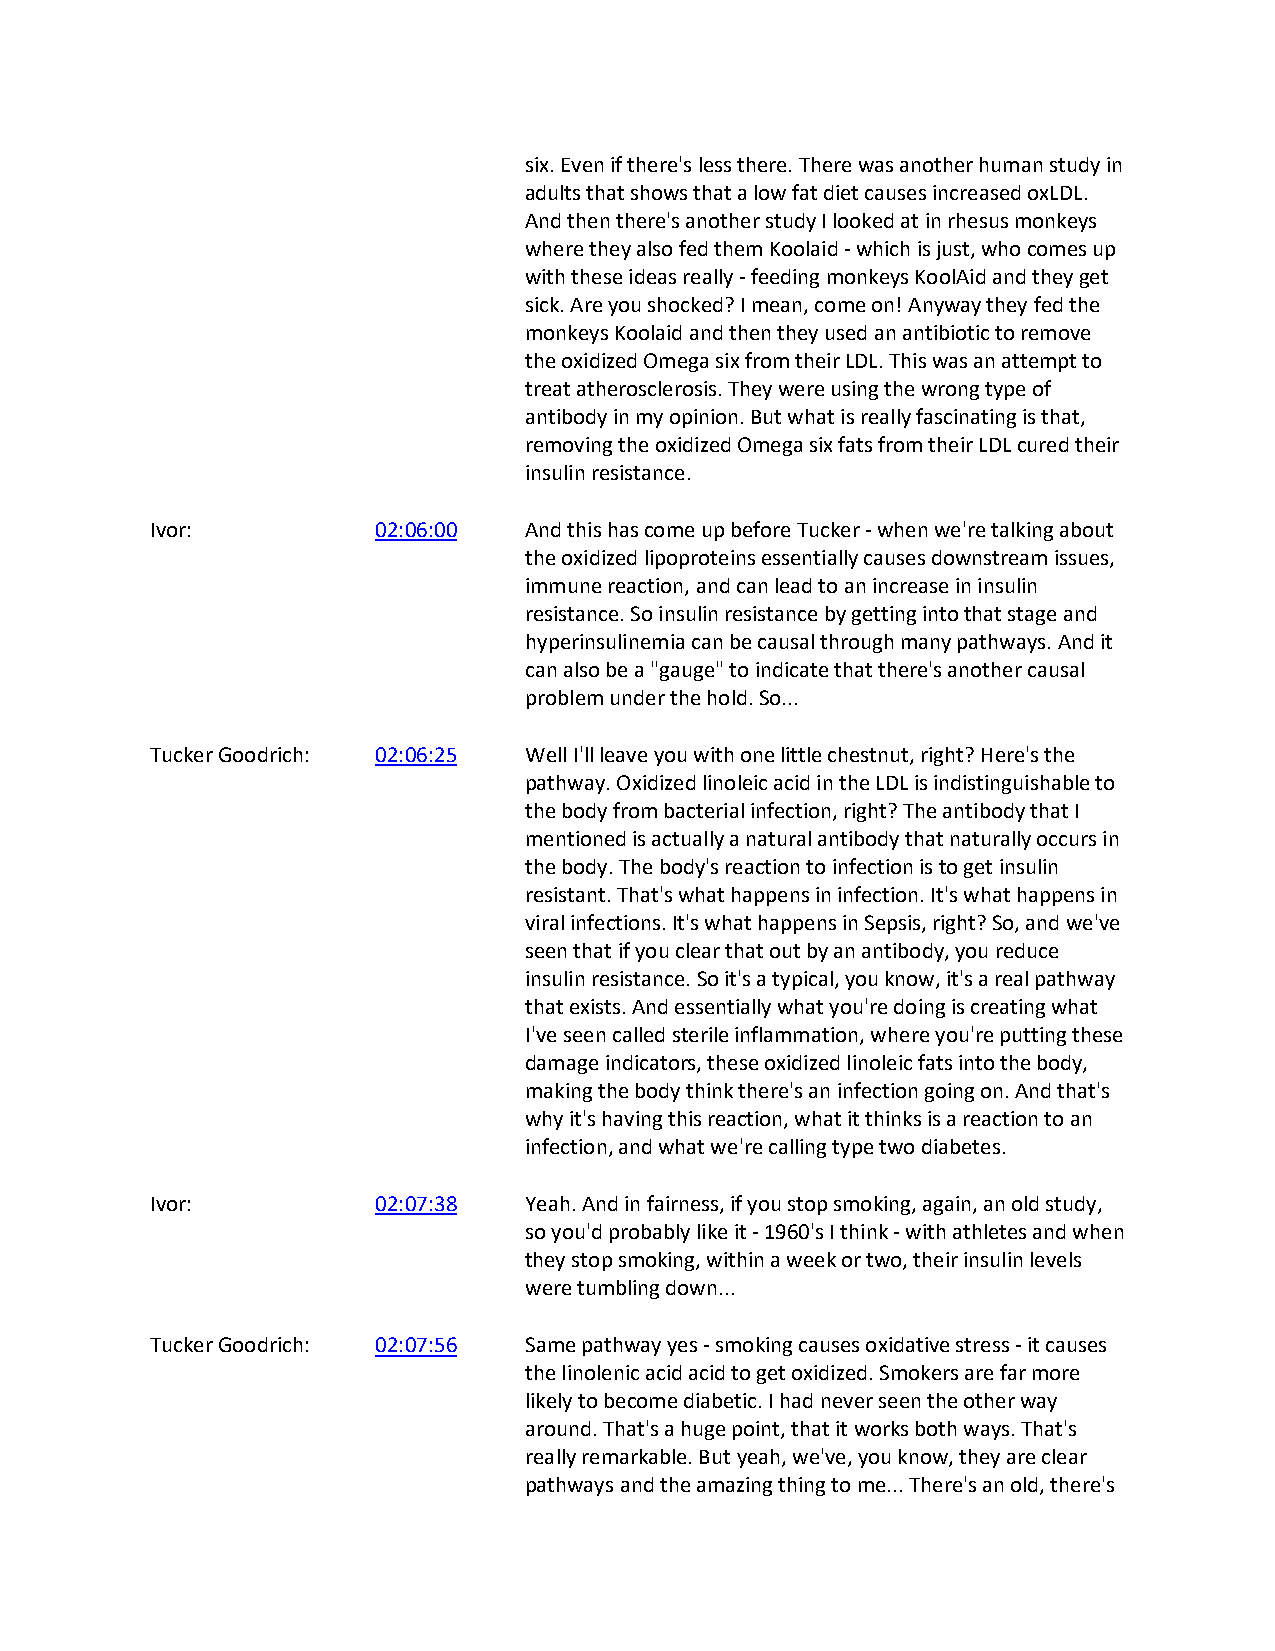
six. Even if there's less there. There was another human study in
 adults that shows that a low fat diet causes increased oxLDL.
 And then there's another study I looked at in rhesus monkeys
 where they also fed them Koolaid - which is just, who comes up
 with these ideas really - feeding monkeys KoolAid and they get
 sick. Are you shocked? I mean, come on! Anyway they fed the
 monkeys Koolaid and then they used an antibiotic to remove
 the oxidized Omega six from their LDL. This was an attempt to
 treat atherosclerosis. They were using the wrong type of
 antibody in my opinion. But what is really fascinating is that,
 removing the oxidized Omega six fats from their LDL cured their
 insulin resistance.
 Ivor:          02:06:00  And this has come up before Tucker - when we're talking about
 the oxidized lipoproteins essentially causes downstream issues,
 immune reaction, and can lead to an increase in insulin
 resistance. So insulin resistance by getting into that stage and
 hyperinsulinemia can be causal through many pathways. And it
 can also be a "gauge" to indicate that there's another causal
 problem under the hold. So...
 Tucker Goodrich: 02:06:25 Well I'll leave you with one little chestnut, right? Here's the
 pathway. Oxidized linoleic acid in the LDL is indistinguishable to
 the body from bacterial infection, right? The antibody that I
 mentioned is actually a natural antibody that naturally occurs in
 the body. The body's reaction to infection is to get insulin
 resistant. That's what happens in infection. It's what happens in
 viral infections. It's what happens in Sepsis, right? So, and we've
 seen that if you clear that out by an antibody, you reduce
 insulin resistance. So it's a typical, you know, it's a real pathway
 that exists. And essentially what you're doing is creating what
 I've seen called sterile inflammation, where you're putting these
 damage indicators, these oxidized linoleic fats into the body,
 making the body think there's an infection going on. And that's
 why it's having this reaction, what it thinks is a reaction to an
 infection, and what we're calling type two diabetes.
 Ivor:          02:07:38  Yeah. And in fairness, if you stop smoking, again, an old study,
 so you'd probably like it - 1960's I think - with athletes and when
 they stop smoking, within a week or two, their insulin levels
 were tumbling down...
 Tucker Goodrich: 02:07:56 Same pathway yes - smoking causes oxidative stress - it causes
 the linolenic acid acid to get oxidized. Smokers are far more
 likely to become diabetic. I had never seen the other way
 around. That's a huge point, that it works both ways. That's
 really remarkable. But yeah, we've, you know, they are clear
 pathways and the amazing thing to me... There's an old, there's